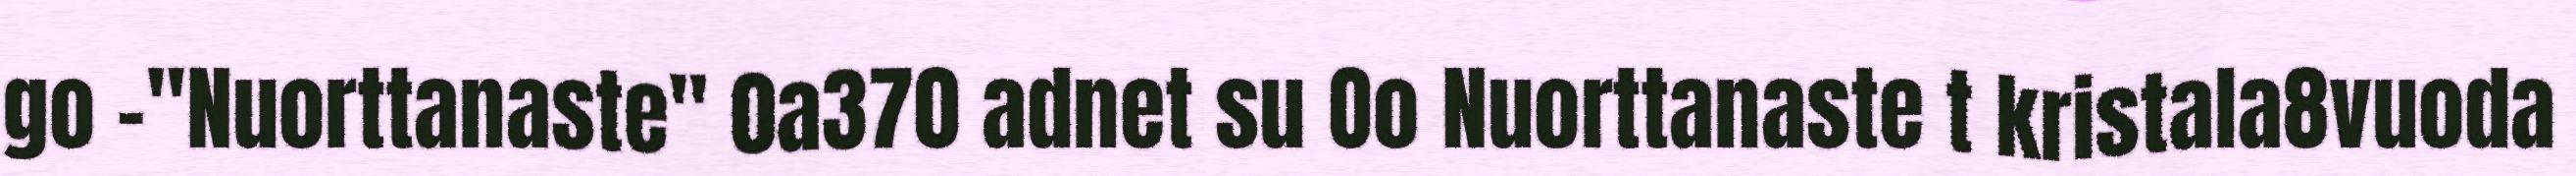
go -"Nuorttanaste" 0a370 adnet su Oo Nuorttanaste t kristala8vuoda